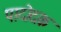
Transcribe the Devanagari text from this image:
पादोदक